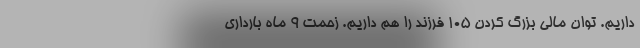
داریم. توان مالی بزرگ کردن ۱۰۵ فرزند را هم داریم. زحمت ۹ ماه بارداری